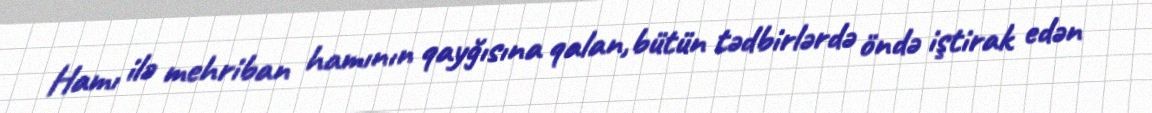
Hamı ilə mehriban hamının qayğısına qalan,bütün tədbirlərdə öndə iştirak edən